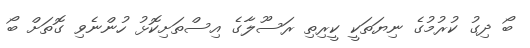
ބޯ ދިގު ކުރުމުގެ ނިޔަތަކީ ކީރިތި ރަސޫލާގެ އިސްތަށިކޮޅު ހުންނެވި ގޮތަށް ބޯ